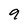
Character: 9